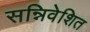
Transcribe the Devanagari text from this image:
सन्निवेशित